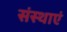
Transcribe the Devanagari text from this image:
संस्थाएं